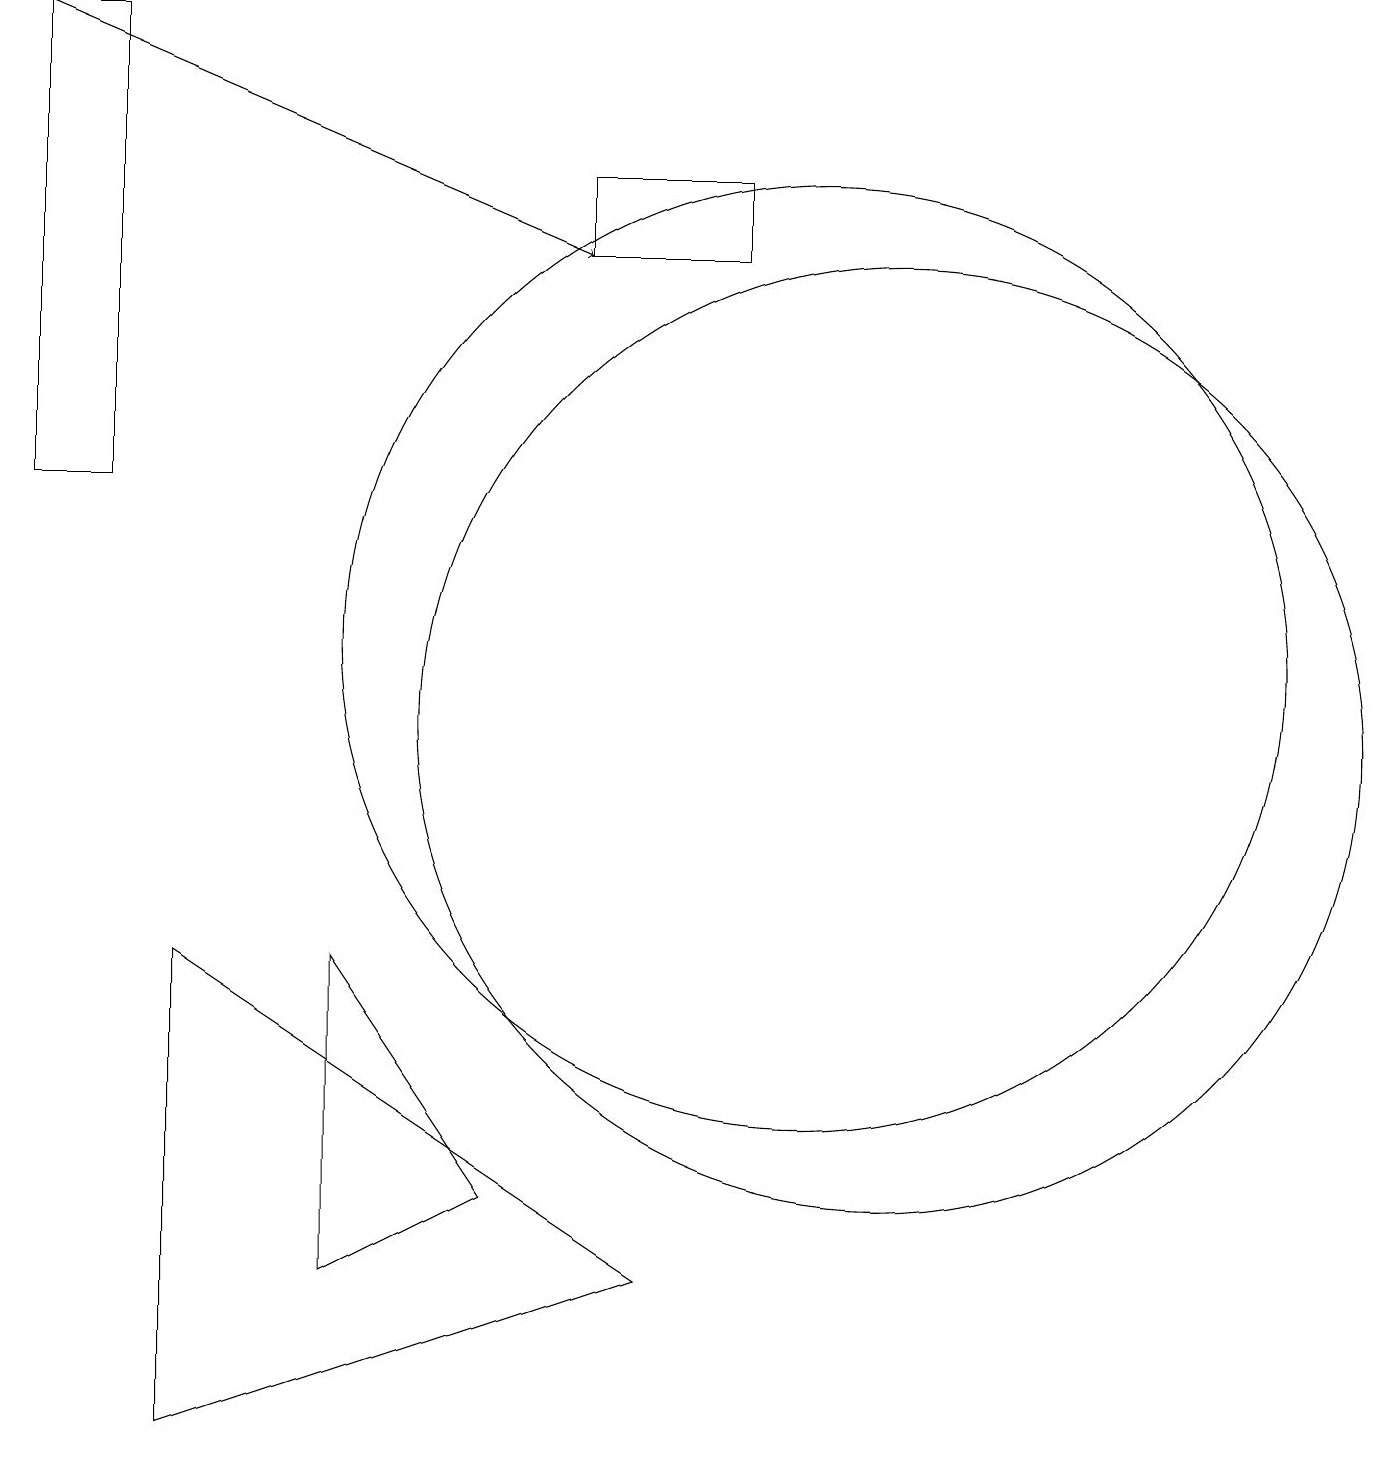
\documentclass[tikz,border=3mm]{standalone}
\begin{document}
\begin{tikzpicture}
\draw (7,17) rectangle (9,16);
\draw (10,10) circle (0);
\draw (8,3) -- (2,1) -- (2,7) -- cycle;
\draw (1,19) rectangle (0,13);
\draw (11,10) circle (6);
\draw (10,11) circle (6);
\draw[->] (0,19) -- (7,16);
\draw (4,7) -- (4,3) -- (6,4) -- cycle;
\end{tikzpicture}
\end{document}